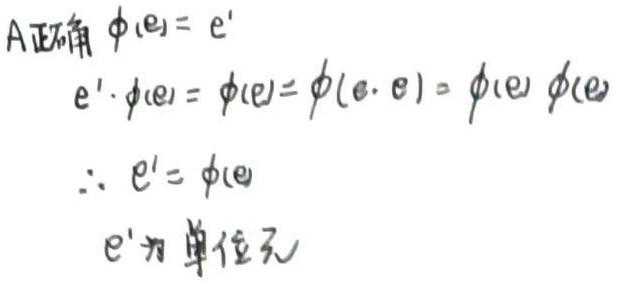
A正确 $\phi(e)=e'$
$e'\cdot\phi(e)=\phi(e)=\phi(e\cdot e)=\phi(e)\phi(e)$
$\therefore e'=\phi(e)$
$e'$为单位元